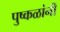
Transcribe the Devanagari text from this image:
पुष्कळांनी